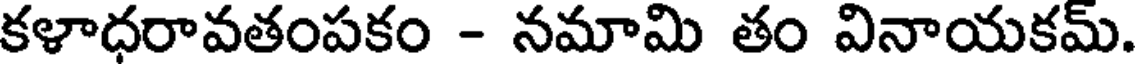
కళాధరావతంపకం - నమామి తం వినాయకమ్.